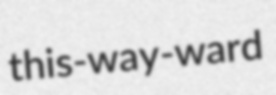
this-way-ward